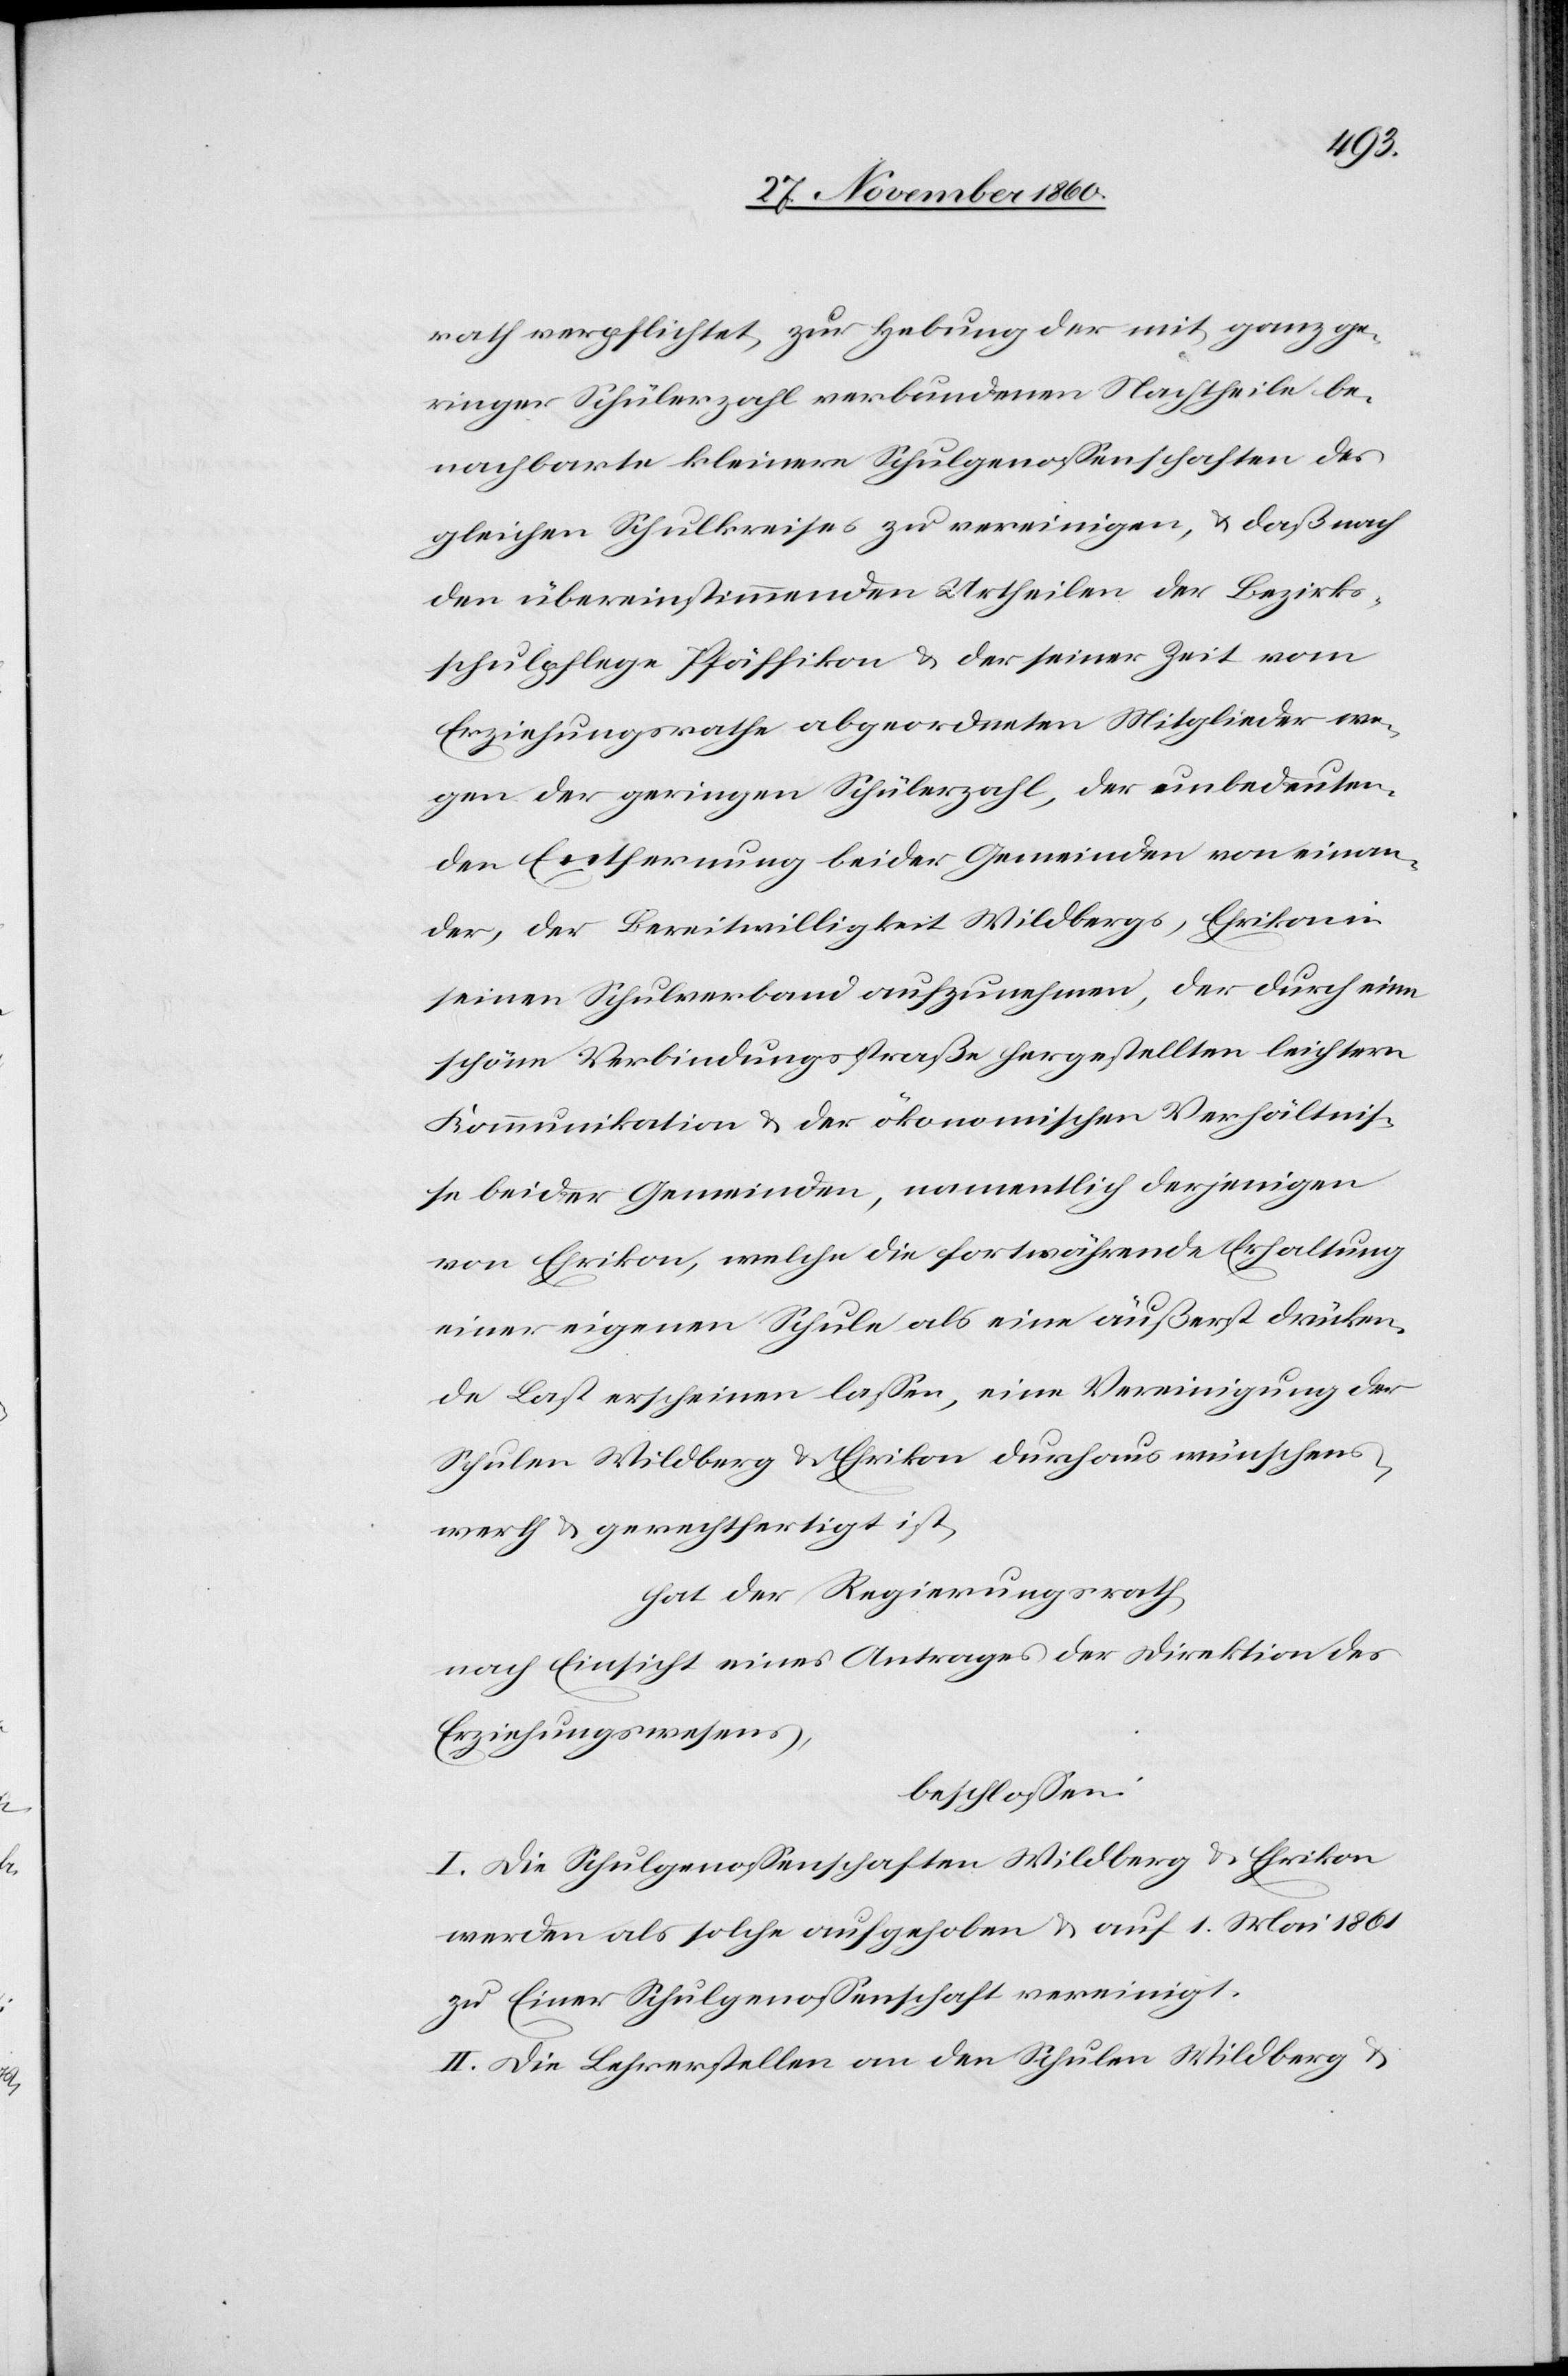
rath verpflichtet, zur Hebung der mit ganz ge¬
ringer Schülerzahl verbundenen Nachtheile be¬
nachbarte kleinere Schulgenossenschaften des
gleichen Schulkreises zu vereinigen, u. daß nach
den übereinstimmenden Urtheilen der Bezirks¬
schulpflege Pfäffikon u. der seiner Zeit vom
Erziehungsrathe abgeordneten Mitglieder we¬
gen der geringen Schülerzahl, der unbedeuten¬
den Entfernung beider Gemeinden von einan¬
der, der Bereitwilligkeit Wildbergs, Ehrikon in
seinen Schulverband aufzunehmen, der durch eine
schöne Verbindungsstraße hergestellten leichtern
Kommunikation u. der ökonomischen Verhältnis¬
se beider Gemeinden, namentlich derjenigen
von Ehrikon, welche die dort währende Erhaltung
einer eigenen Schule als eine äußerst drücken¬
de Last erscheinen lassen, eine Vereinigung der
Schulen Wildberg u. Ehrikon durchaus wünschens¬
werth u. gerechtfertigt ist,
hat der Regierungsrath,
nach Einsicht eines Antrages der Direktion des
Erziehungswesens,
beschlossen:
I. Die Schulgenossenschaften Wildberg u. Ehrikon
werden als solche aufgehoben u. auf 1. Mai 1861
zu Einer Schulgenossenschaft vereinigt.
II. Die Lehrerstelle an den Schulen Wildberg u.